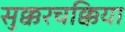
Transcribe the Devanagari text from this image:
सुक्करचक्किया